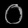
Digit: ၀